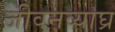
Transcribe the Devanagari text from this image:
जीवनव्याघ्र